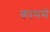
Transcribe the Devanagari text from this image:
काममे